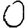
Digit: 0